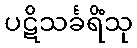
ပဋိသင်္ခရိံသု